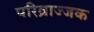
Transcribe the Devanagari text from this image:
परिव्राज्जक